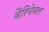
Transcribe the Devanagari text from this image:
वैरियेबल